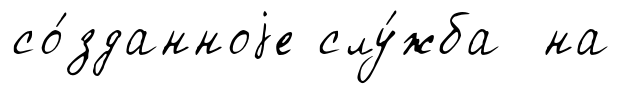
со́зданноjе слу́жба на